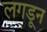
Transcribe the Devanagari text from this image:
लगडून